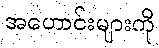
အဟောင်းများကို